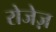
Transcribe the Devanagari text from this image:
रोजेज़